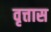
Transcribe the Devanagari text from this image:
वृत्तास